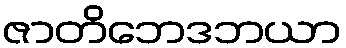
ဇာတိဘေဒဘယာ